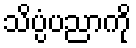
သိပ္ပံပညာကို